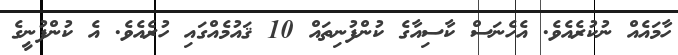
ހާމައެއް ނުކުރެއެވެ. އެހެނަސް ކާސިއާގެ ކުންފުނިތައް 10 ޤައުމެއްގައި ހުރެއެވެ. އެ ކުންފުނީގެ